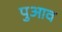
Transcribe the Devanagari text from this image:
पुआव